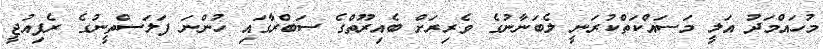
މުހައްމަދު އަލީ މަސައްކަތްކުރަނީ ލެބަނާނުގެ ވެރިރަށް ބެއިރޫތްގެ ސަބްރާގައި ހުންނަ ފަލަސްތީނުގެ ރެފިއުޖީ